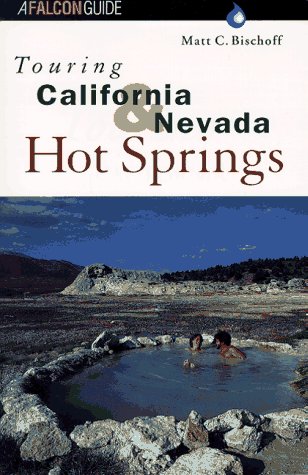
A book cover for Touring California and Nevada Hot Springs (Touring Guides); Matt C. Bischoff; Travel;